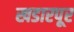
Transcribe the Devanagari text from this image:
खडारपूर